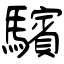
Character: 驞